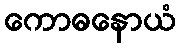
ကောဓနောယံ